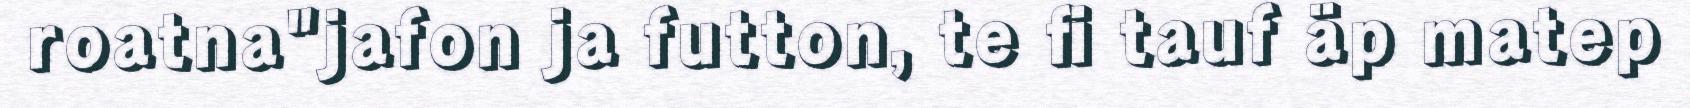
roatna"jafon ja futton, te fi tauf äp matep